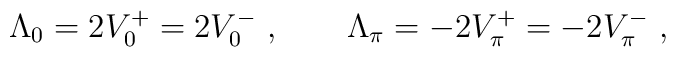
\Lambda_{0}=2V_{0}^{+}=2V_{0}^{-}\ ,\qquad \Lambda_{\pi}=-2V_{\pi}^{+}=-2V_{\pi}^{-}\ ,